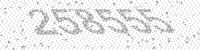
Solution: 258555